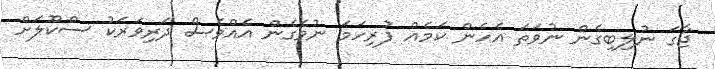
ޖާގަ ނުލިބިގެން ނުވަތަ އެހެން ކަމެއް ފުރިހަމަ ނުވެގެން އެއްވެސް ދަރިވަރަކު ސްކޫލަށް